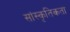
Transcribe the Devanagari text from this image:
सांस्कृतिकता